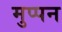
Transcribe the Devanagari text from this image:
मुप्पन